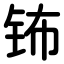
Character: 钸